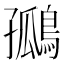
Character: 𪂮